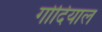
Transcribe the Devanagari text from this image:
गोदियाल